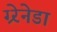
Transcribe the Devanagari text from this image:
ग्र्रेनेडा